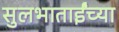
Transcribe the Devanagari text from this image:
सुलभाताईंच्या